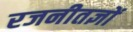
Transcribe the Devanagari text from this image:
रजनीतज्ञों